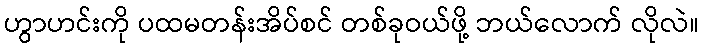
ဟွာဟင်းကို ပထမတန်းအိပ်စင် တစ်ခုဝယ်ဖို့ ဘယ်လောက် လိုလဲ။